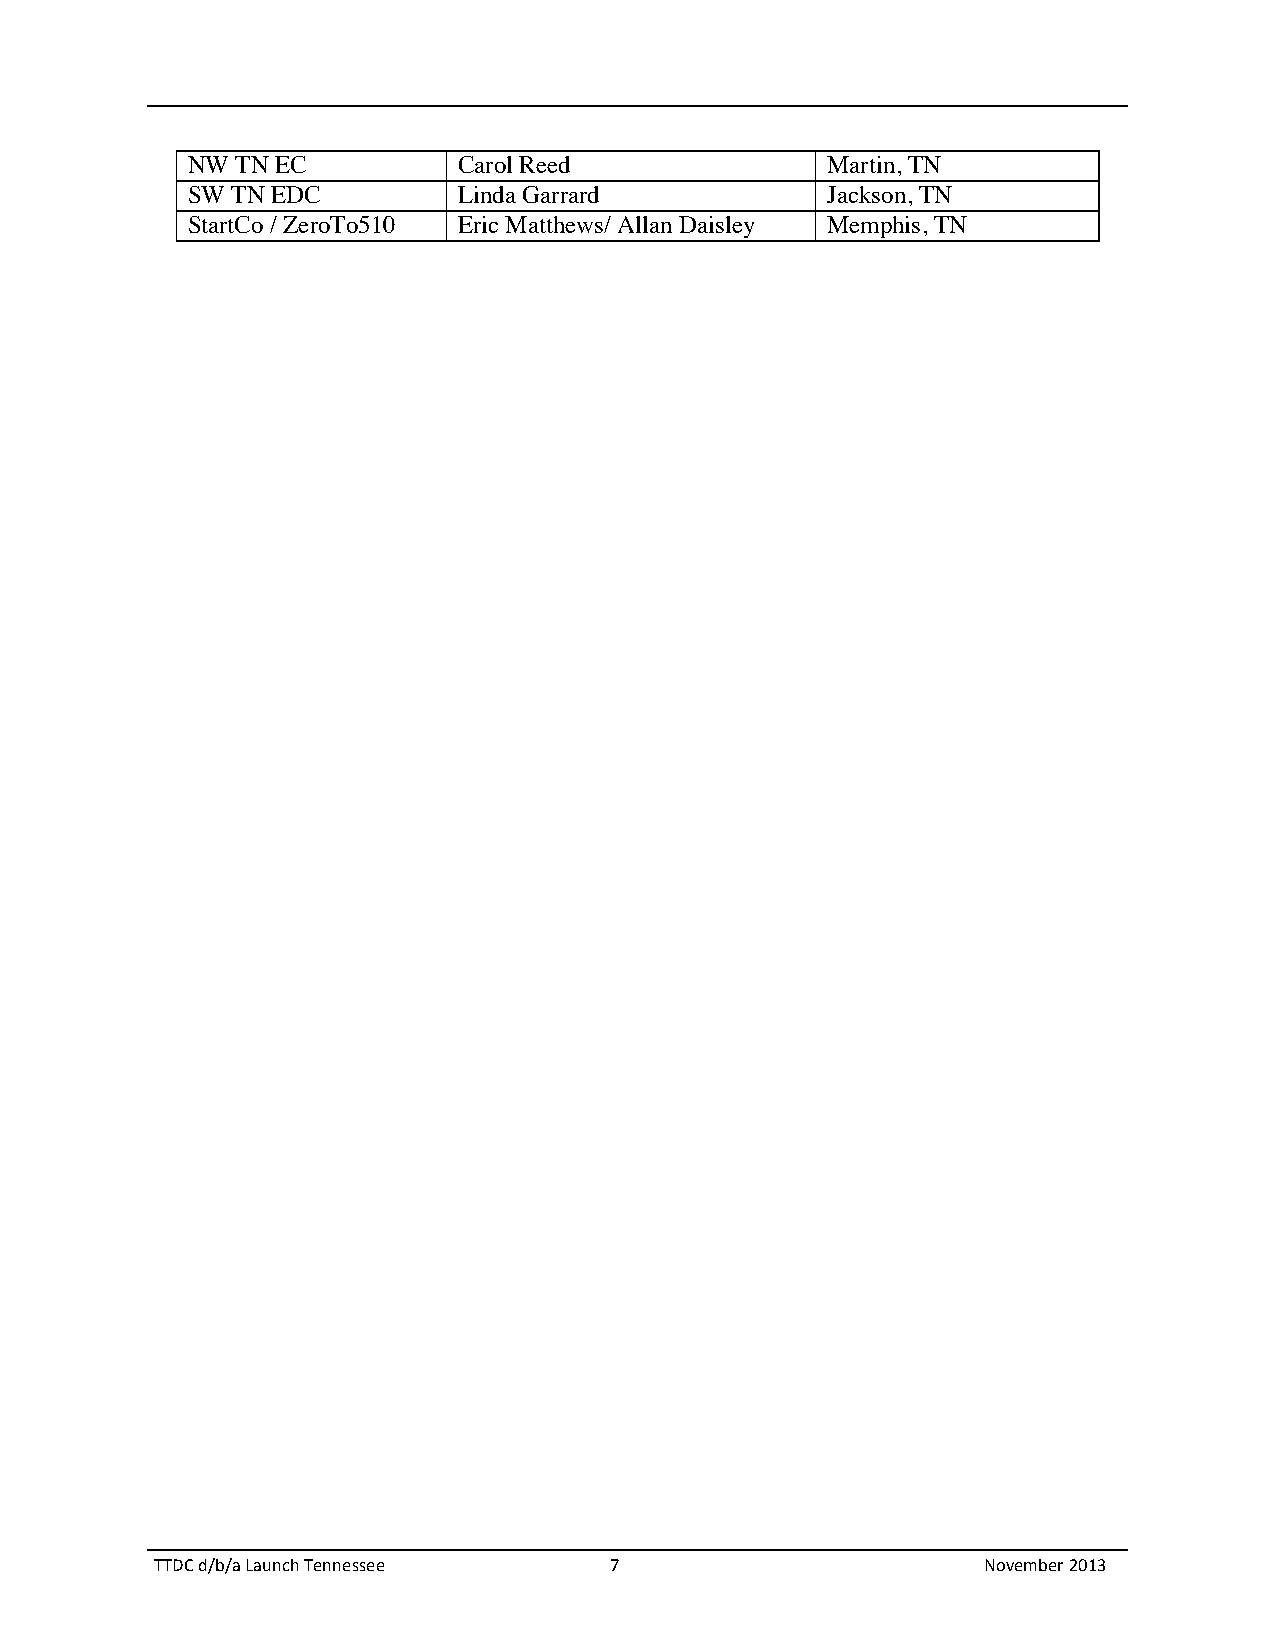
NW  TN EC         Carol Reed               Martin, TN
 SW TN EDC         Linda Garrard            Jackson, TN
 StartCo / ZeroTo510 Eric Matthews/ Allan Daisley Memphis, TN
 TTDC d/b/a Launch Tennessee   7                        November 2013